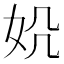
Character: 𪥪